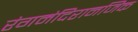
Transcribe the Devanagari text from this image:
रंगमंदिरानजिक